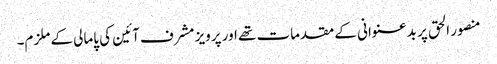
منصور الحق پر بدعنوانی کے مقدمات تھے اور پرویز مشرف آئین کی پامالی کے ملزم۔